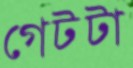
গেটটা